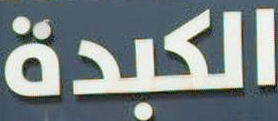
الكبدة